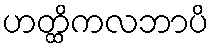
ဟတ္ထိကလဘာပိ